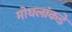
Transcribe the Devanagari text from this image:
मोघलांकडे